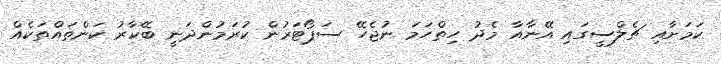
ކަމަށާއި ޗެލްސީގައި އޭނާއާ މެދު ހިތްހަމަ ނުޖެހޭ ސަޕޯޓަރުން ކުރަމުންދަނީ ބޭކާރު ކަންތައްތަކެއް